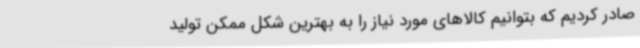
صادر کردیم که بتوانیم کالاهای مورد نیاز را به بهترین شکل ممکن تولید